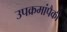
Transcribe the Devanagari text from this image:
उपक्रमांपैकी